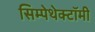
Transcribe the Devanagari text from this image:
सिम्पेथेक्टॉमी